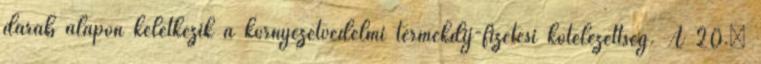
darab alapon keletkezik a környezetvédelmi termékdíj-fizetési kötelezettség. A 20.§